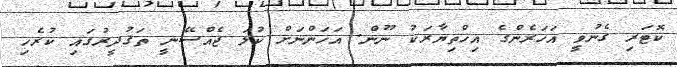
ކޮޓަރި ގެނުވީ އަހަރެންގެ އިޚްތިޔާރަކު ނޫން. އަހަންނަށް ކުލަ ޖެއްސޭނީ ތަޤުދީރުގައި ކުރެހި